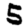
Digit: 5